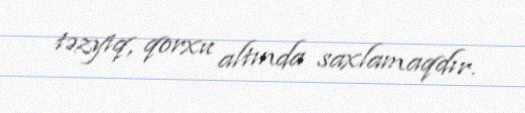
təzyiq, qorxu altında saxlamaqdır.